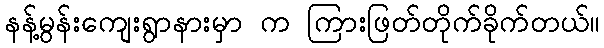
နန့်မွန်းကျေးရွာနားမှာ က ကြားဖြတ်တိုက်ခိုက်တယ်။